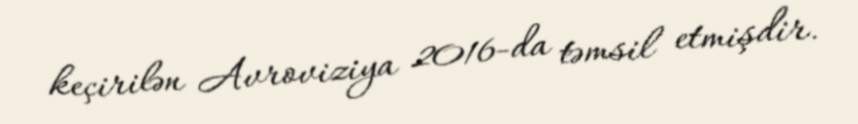
keçirilən Avroviziya 2016-da təmsil etmişdir.